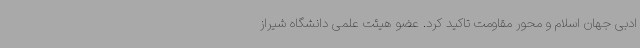
ادبی جهان اسلام و محور مقاومت تاکید کرد. عضو هیئت علمی دانشگاه شیراز